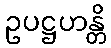
ဥပဋ္ဌဟန္တိ